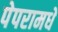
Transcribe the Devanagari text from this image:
पेपरामधे